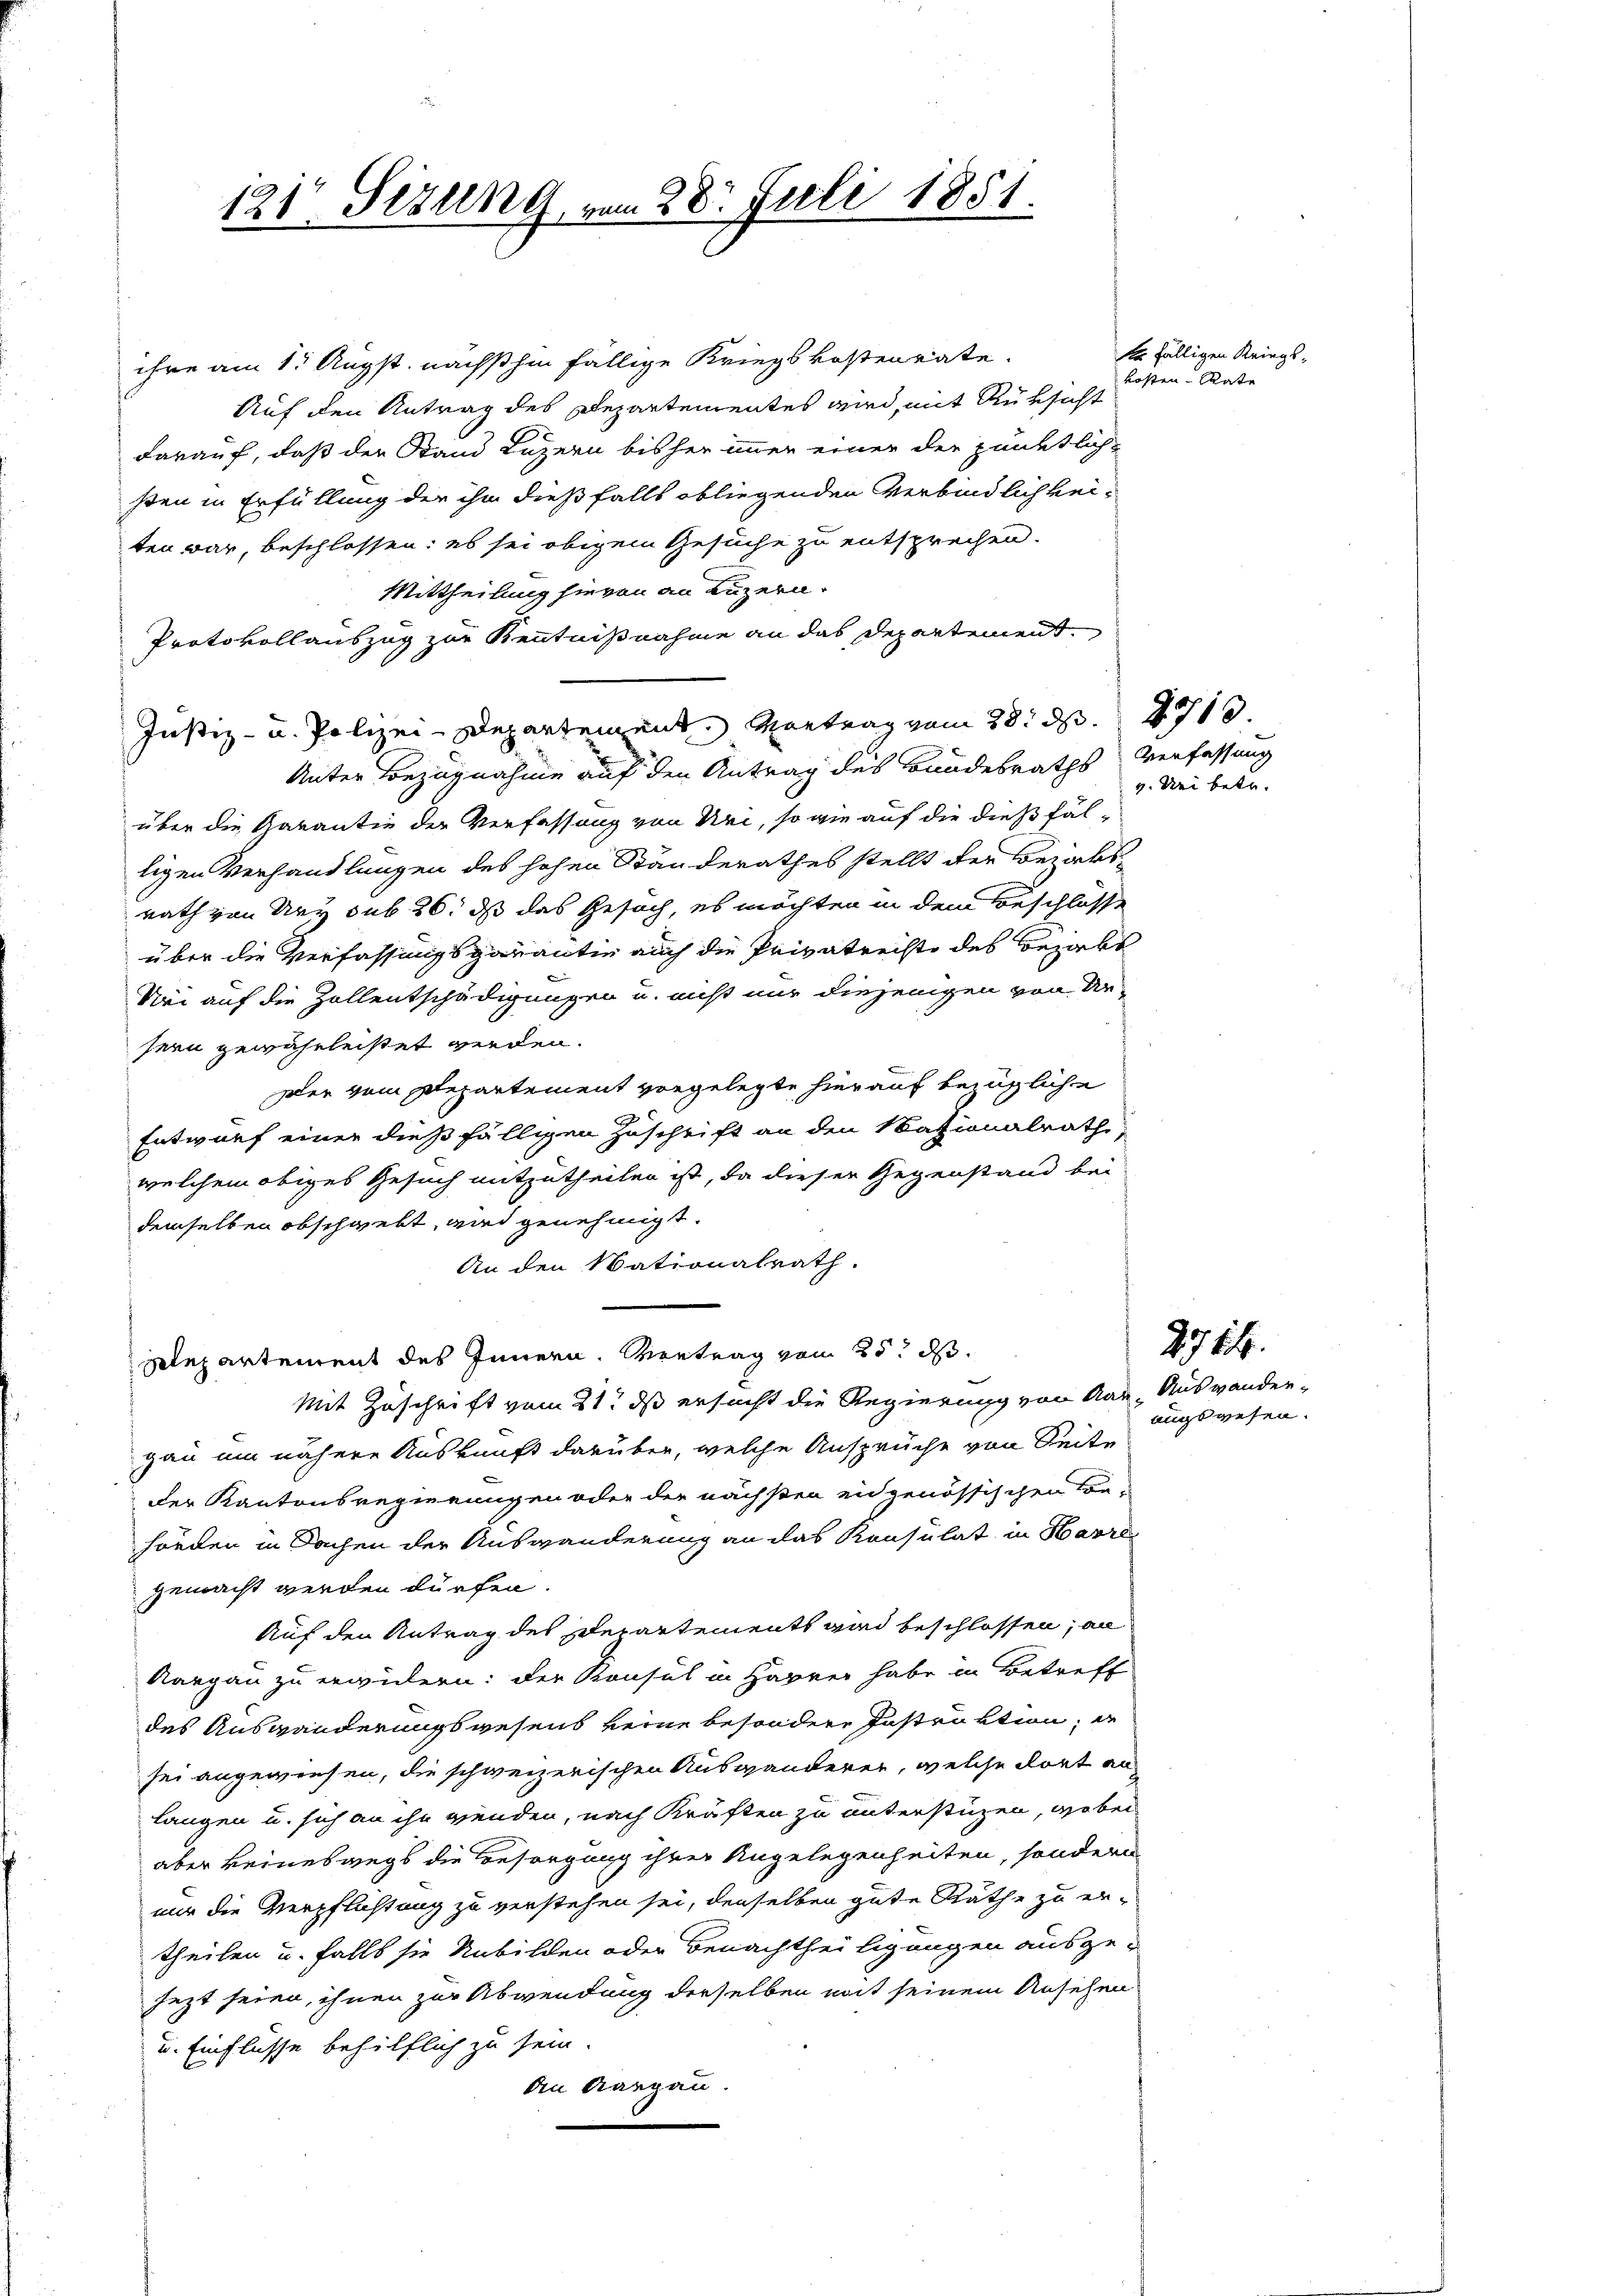
ihre am 1. Augst. nächsthin fällige Kriegskostenrate.
Auf den Antrag des Departementes wird, mit Rüksicht
darauf, daß der Stand Luzern bisher immer einer der pünktlich-
ßten in Erfüllung der ihm dießfalls obliegenden Verbindlich keiten war, beschlossen; es sei obigem Gesuche zu entsprechen.
Mittheilung hievon an Luzern.
Protokollauszug zur Kenntnißnahme an das Departement.
Unter Bezugnahme auf den Antrag des Bundesraths Verfassung
über die Garantie der Verfassung von Uri, so wie auf die dießfälligen Verhandlungen des hohen Ständerathes stellt der Bezirksrath von Ury sub 26. ds das Gesuch, es möchten in dem Beschlosse
über die Verfassungsgarantie auch die Privatrechte des bezalt
Nei auf die Zollentschädigungen u. nicht nur diejenigen von Ur-
sern gewährleistet werden.
Der vom Departement vorgelegte hierauf bezügliche
Entwurf einer dießfälligen Zuschrift an den Nationalrath
welchem obiges Gesuch mitzutheilen ist, da dieser Gegenstand bei
demselben obschwebt, wird genehmigt.
An den Wationalrath.
plepartement des Innern. Vertrag vom 25t d.
Mit Zuschrift vom 21t ds ersucht die Regierung von Aar-Auswander-
gau um nähere Auskunft darüber, welche Ansprüche von Seite
Der Kantonsregierungen oder der nächsten eidgenössischen Be-
hörden in Sachen der Auswanderung an das Konsulat in Havre
gemacht werden dürfen.
Auf den Antrag des Departements wird beschlossen; an
Aargau zu erwidern: der Konsul in Harrer habe in Betreff
des Auswanderungswesens keine besondere Instruktion, in
sei angewiesen, die schweizerischen Auswanderen, welche dort an
langen u. sich an ihn wenden, nach Kräften zu unterstüzen, wobei
aber keineswegs die Besorgung ihrer Angelegenheiten, sondern
nur die Verpflichtung zu verstehen sei, denselben gute Räthe zu ertheilen u. falls sie Unbilden oder Benachtheiligungen ausgejezt seien, ihnen zur Abwendung derselben mit seinem Ansehen
und Einflüsse behilflich zu sein.
An Aargau

121. Sizung, vom 28. Juli 1851.

Justiz- u. Polizei-Departement. Vortrag vom 28. d. 1710.

Er fälligen Kriegskosten Rate

v. Sei betr.

angswesen.

2714.